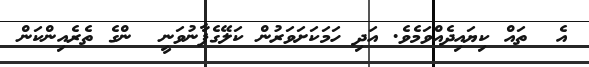
އެ  ތައް ކިޔައިދެއްވަމެވެ. އަދި ހަމަކަށަވަރުން ކަލޭގެފާނުވަނީ  ންގެ ތެރެއިންކަން